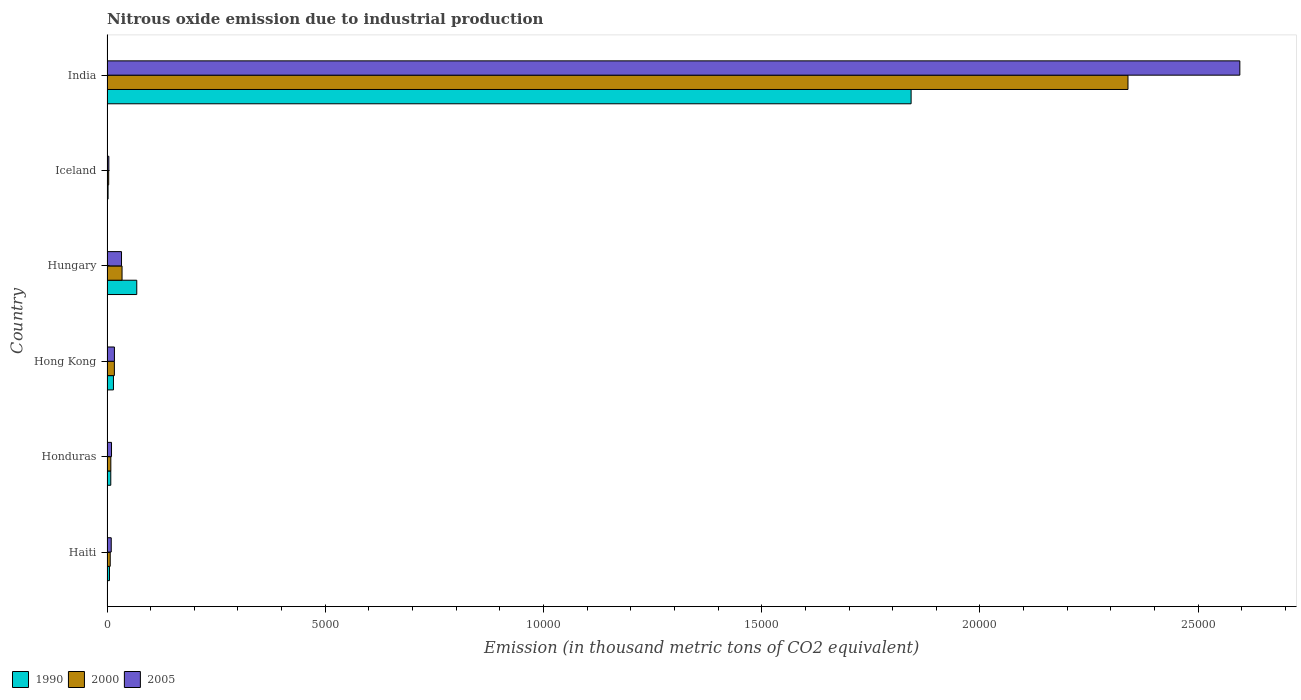
| Country | 1990 | 2000 | 2005 |
 | --- | --- | --- | --- |
 | Haiti | 56.6 | 73.8 | 97 |
 | Honduras | 86.6 | 87.5 | 103 |
 | Hong Kong | 148 | 169 | 170 |
 | Hungary | 682 | 344 | 333 |
 | Iceland | 24.6 | 38.6 | 42.1 |
 | India | 1.84e+04 | 2.34e+04 | 2.6e+04 |